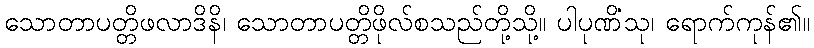
သောတာပတ္တိဖလာဒိနိ၊ သောတာပတ္တိဖိုလ်စသည်တို့သို့။ ပါပုဏိံသု၊ ရောက်ကုန်၏။